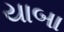
યાબા